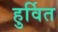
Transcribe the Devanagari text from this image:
हुर्वित